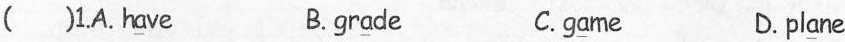
( )1.A. H \underline{a} ve B. gr \underline{a} de C.g\underline{a} me D.pl\underline{a} ne